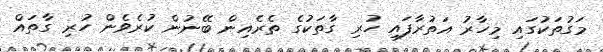
މަގުތަކުގައި މިހާރު އަތުރާފައި ހުރި ގާތަކުގެ ތެރެއިން ބޭނުން ކުރެވެން ހުރި ގާތައް